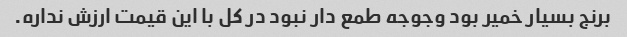
برنج بسیار خمیر بود وجوجه طمع دار نبود در کل با این قیمت ارزش نداره.